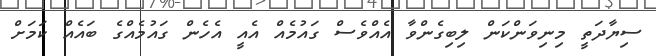
ސިޔާދަތީ މިނިވަންކަން ލިބިގެންވާ އެއްވެސް ގައުމެއް އެއީ އެހެން ގައުމެއްގެ ބައެއް ކަމަށް